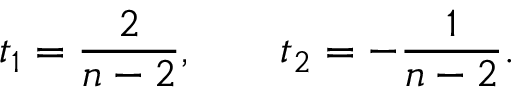
t _ { 1 } = { \frac { 2 } { n - 2 } } , \qquad t _ { 2 } = - { \frac { 1 } { n - 2 } } .